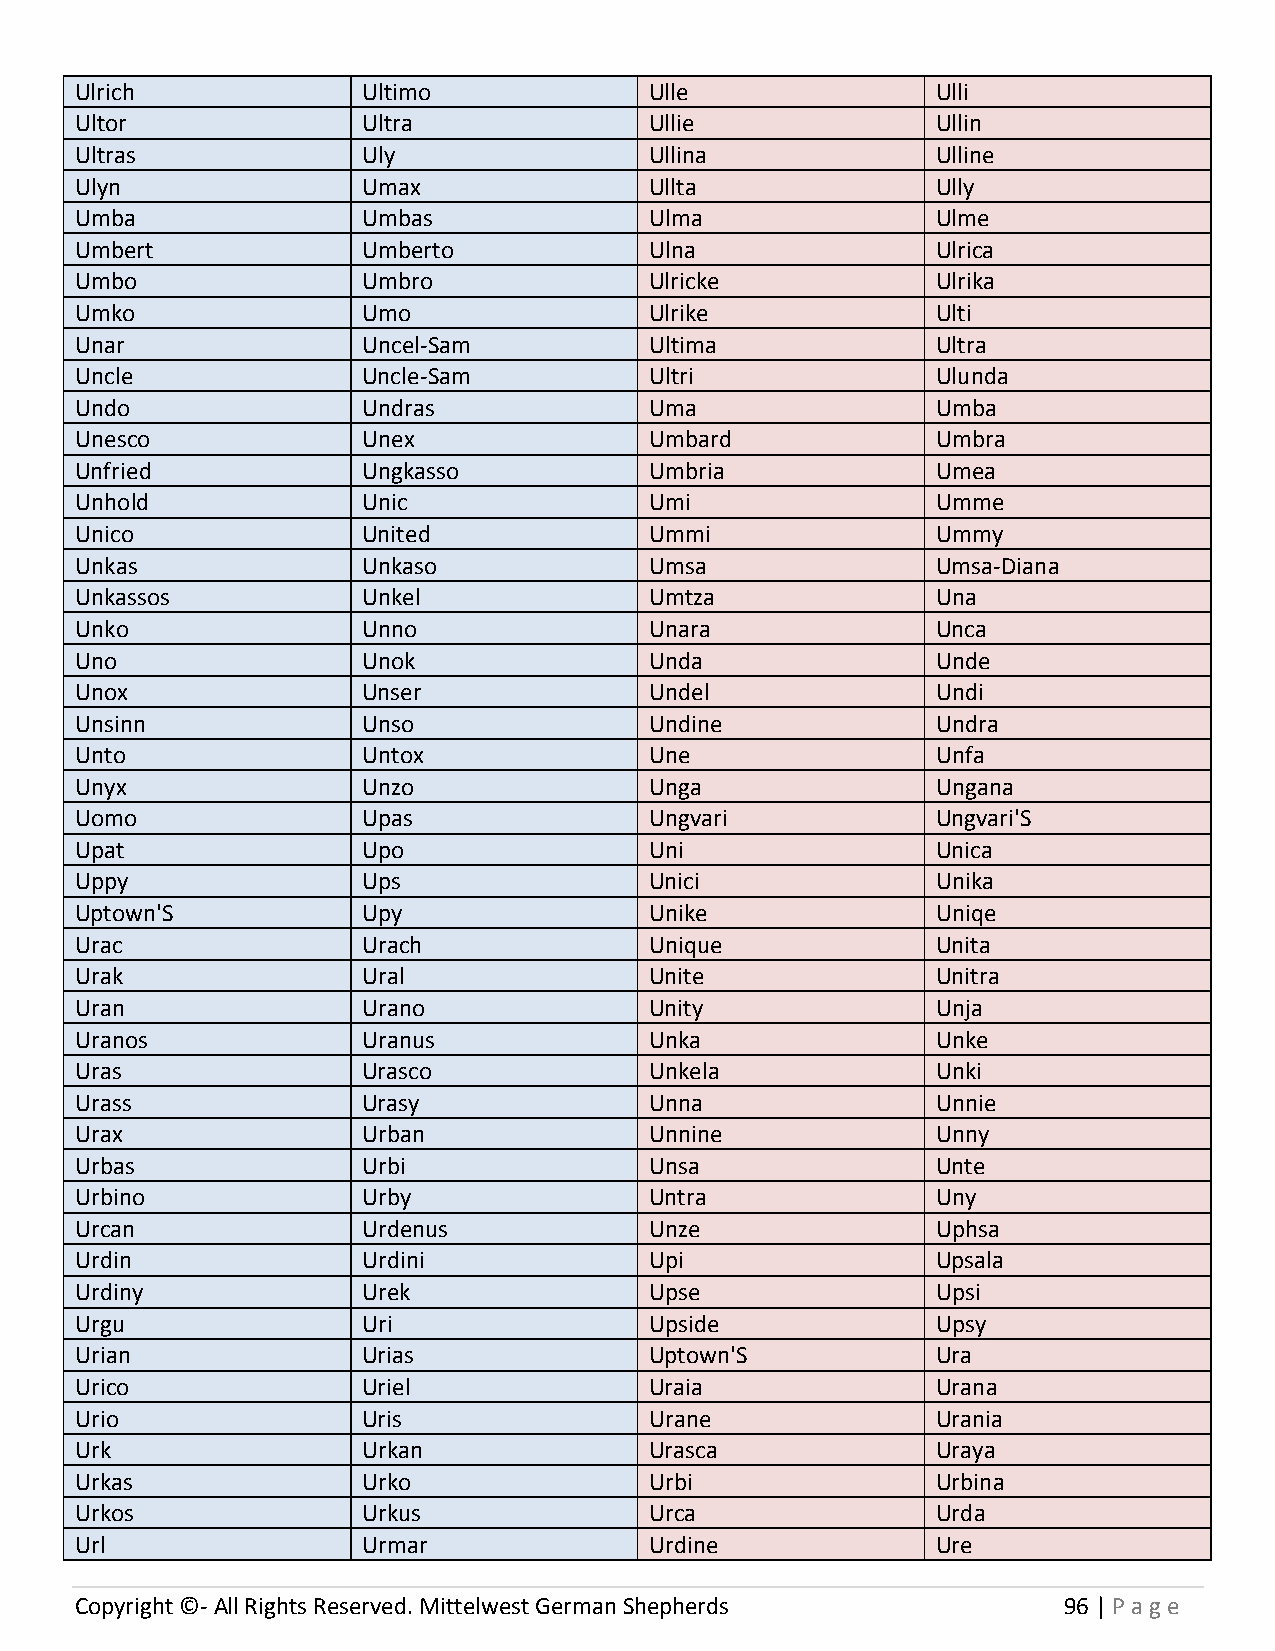
Ulrich             Ultimo             Ulle               Ulli
 Ultor              Ultra              Ullie              Ullin
 Ultras             Uly                Ullina             Ulline
 Ulyn               Umax               Ullta              Ully
 Umba               Umbas              Ulma               Ulme
 Umbert             Umberto            Ulna               Ulrica
 Umbo               Umbro              Ulricke            Ulrika
 Umko               Umo                Ulrike             Ulti
 Unar               Uncel-Sam          Ultima             Ultra
 Uncle              Uncle-Sam          Ultri              Ulunda
 Undo               Undras             Uma                Umba
 Unesco             Unex               Umbard             Umbra
 Unfried            Ungkasso           Umbria             Umea
 Unhold             Unic               Umi                Umme
 Unico              United             Ummi               Ummy
 Unkas              Unkaso             Umsa               Umsa-Diana
 Unkassos           Unkel              Umtza              Una
 Unko               Unno               Unara              Unca
 Uno                Unok               Unda               Unde
 Unox               Unser              Undel              Undi
 Unsinn             Unso               Undine             Undra
 Unto               Untox              Une                Unfa
 Unyx               Unzo               Unga               Ungana
 Uomo               Upas               Ungvari            Ungvari'S
 Upat               Upo                Uni                Unica
 Uppy               Ups                Unici              Unika
 Uptown'S           Upy                Unike              Uniqe
 Urac               Urach              Unique             Unita
 Urak               Ural               Unite              Unitra
 Uran               Urano              Unity              Unja
 Uranos             Uranus             Unka               Unke
 Uras               Urasco             Unkela             Unki
 Urass              Urasy              Unna               Unnie
 Urax               Urban              Unnine             Unny
 Urbas              Urbi               Unsa               Unte
 Urbino             Urby               Untra              Uny
 Urcan              Urdenus            Unze               Uphsa
 Urdin              Urdini             Upi                Upsala
 Urdiny             Urek               Upse               Upsi
 Urgu               Uri                Upside             Upsy
 Urian              Urias              Uptown'S           Ura
 Urico              Uriel              Uraia              Urana
 Urio               Uris               Urane              Urania
 Urk                Urkan              Urasca             Uraya
 Urkas              Urko               Urbi               Urbina
 Urkos              Urkus              Urca               Urda
 Url                Urmar              Urdine             Ure
 Copyright ©- All Rights Reserved. Mittelwest German Shepherds    96 | P age